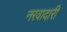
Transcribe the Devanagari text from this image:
नरवादारी